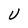
Character: U